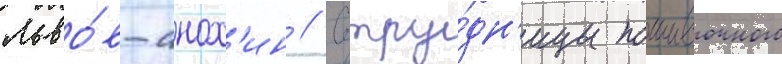
Льво́в-анох'ин // Сотру́дн'ицы пошивочного